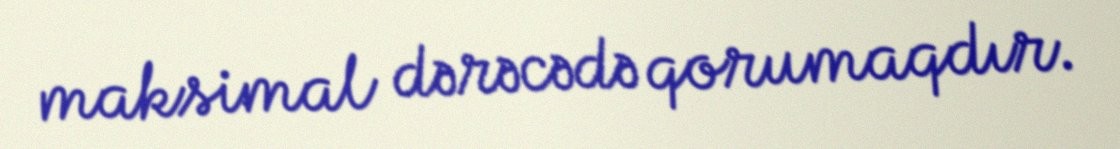
maksimal dərəcədə qorumaqdır.